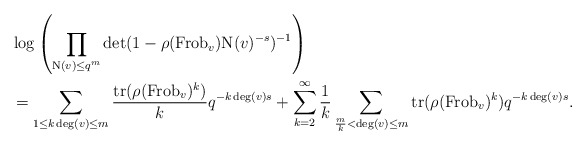
\begin{align*}&\log \left(\prod_{\mathrm{N}(v) \leq q^{m}} \det(1-\rho(\mathrm{Frob}_{v}) \mathrm{N}(v)^{-s})^{-1} \right)\\& = \sum_{1 \leq k \deg(v) \leq m} \frac{\mathrm{tr}(\rho(\mathrm{Frob}_{v})^{k})}{k} q^{-k \deg(v) s} + \sum_{k = 2}^{\infty} \frac{1}{k} \sum_{\frac{m}{k} < \deg(v) \leq m} \mathrm{tr}(\rho(\mathrm{Frob}_{v})^{k}) q^{-k \deg(v) s}.\end{align*}